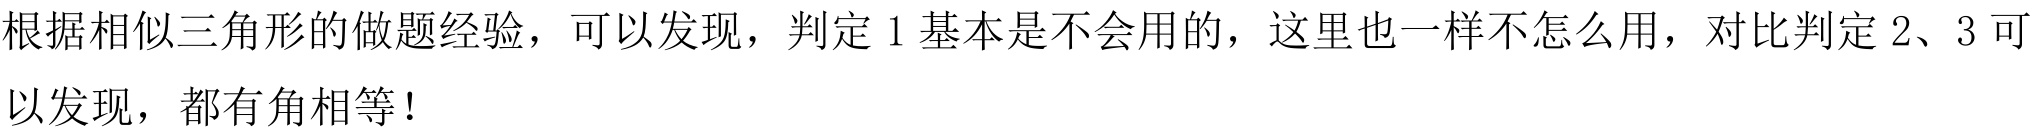
根据相似三角形的做题经验，可以发现，判定1基本是不会用的，这里也一样不怎么用，对比判定2、3可以发现，都有角相等！